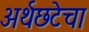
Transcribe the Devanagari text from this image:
अर्थछटेचा